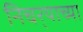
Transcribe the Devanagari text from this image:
निचर्‍याच्या